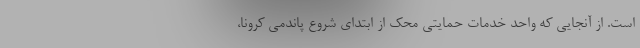
است. از آنجایی که واحد خدمات حمایتی محک از ابتداي شروع پاندمي كرونا،